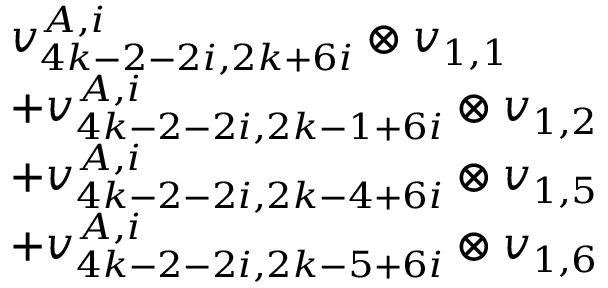
\begin{array} { r l } & { v _ { 4 k - 2 - 2 i , 2 k + 6 i } ^ { A , i } \otimes v _ { 1 , 1 } } \\ & { + v _ { 4 k - 2 - 2 i , 2 k - 1 + 6 i } ^ { A , i } \otimes v _ { 1 , 2 } } \\ & { + v _ { 4 k - 2 - 2 i , 2 k - 4 + 6 i } ^ { A , i } \otimes v _ { 1 , 5 } } \\ & { + v _ { 4 k - 2 - 2 i , 2 k - 5 + 6 i } ^ { A , i } \otimes v _ { 1 , 6 } } \end{array}